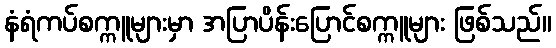
နံရံကပ်စက္ကူများမှာ အပြာပိန်းပြောင်စက္ကူများ ဖြစ်သည်။